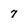
Character: 7